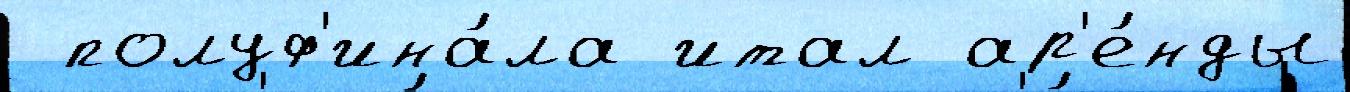
 полуф'ина́ла итал ар'е́нды